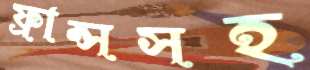
ফ্রান্সসহ